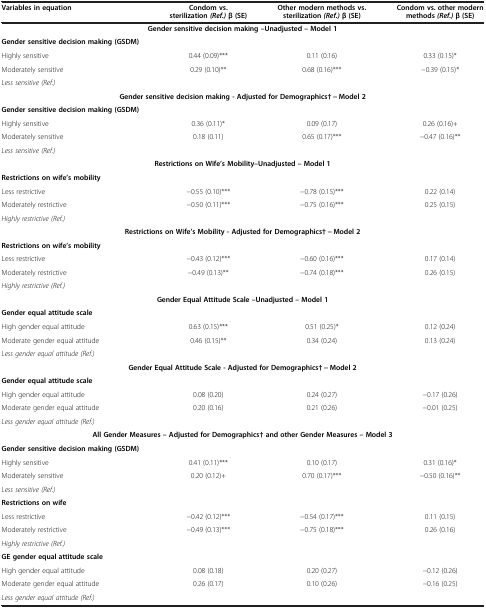
<table><thead><tr><td><b>Variables in equation</b></td><td><b>Condom vs. sterilization <i>(Ref.)</i> β (SE)</b></td><td><b>Other modern methods vs. sterilization <i>(Ref.) </i>β (SE)</b></td><td><b>Condom vs. other modern methods <i>(Ref.)</i> β (SE)</b></td></tr></thead><tbody><tr><td colspan="4"><b>Gender sensitive decision making –Unadjusted – Model 1</b></td></tr><tr><td><b>Gender sensitive decision making (GSDM)</b></td><td> </td><td> </td><td> </td></tr><tr><td>Highly sensitive</td><td>0.44 (0.09)***</td><td>0.11 (0.16)</td><td>0.33 (0.15)*</td></tr><tr><td>Moderately sensitive</td><td>0.29 (0.10)**</td><td>0.68 (0.16)***</td><td>−0.39 (0.15)*</td></tr><tr><td><i>Less sensitive (Ref.)</i></td><td> </td><td> </td><td> </td></tr><tr><td colspan="4"><b>Gender sensitive decision making - Adjusted for Demographics† − </b><b>Model 2</b></td></tr><tr><td><b>Gender sensitive decision making (GSDM)</b></td><td> </td><td> </td><td> </td></tr><tr><td>Highly sensitive</td><td>0.36 (0.11)*</td><td>0.09 (0.17)</td><td>0.26 (0.16)+</td></tr><tr><td>Moderately sensitive</td><td>0.18 (0.11)</td><td>0.65 (0.17)***</td><td>−0.47 (0.16)**</td></tr><tr><td><i>Less sensitive (Ref.)</i></td><td> </td><td> </td><td> </td></tr><tr><td colspan="4"><b>Restrictions on Wife’s Mobility–Unadjusted – Model 1</b></td></tr><tr><td><b>Restrictions on wife’s mobility</b></td><td> </td><td> </td><td> </td></tr><tr><td>Less restrictive</td><td>−0.55 (0.10)***</td><td>−0.78 (0.15)***</td><td>0.22 (0.14)</td></tr><tr><td>Moderately restrictive</td><td>−0.50 (0.11)***</td><td>−0.75 (0.16)***</td><td>0.25 (0.15)</td></tr><tr><td><i>Highly restrictive (Ref.)</i></td><td> </td><td> </td><td> </td></tr><tr><td colspan="4"><b>Restrictions on Wife’s Mobility - Adjusted for Demographics† − </b><b>Model 2</b></td></tr><tr><td><b>Restrictions on wife’s mobility</b></td><td> </td><td> </td><td> </td></tr><tr><td>Less restrictive</td><td>−0.43 (0.12)***</td><td>−0.60 (0.16)***</td><td>0.17 (0.14)</td></tr><tr><td>Moderately restrictive</td><td>−0.49 (0.13)**</td><td>−0.74 (0.18)***</td><td>0.26 (0.15)</td></tr><tr><td><i>Highly restrictive (Ref.)</i></td><td> </td><td> </td><td> </td></tr><tr><td colspan="4"><b>Gender Equal Attitude Scale –Unadjusted – Model 1</b></td></tr><tr><td><b>Gender equal attitude scale</b></td><td> </td><td> </td><td> </td></tr><tr><td>High gender equal attitude</td><td>0.63 (0.15)***</td><td>0.51 (0.25)*</td><td>0.12 (0.24)</td></tr><tr><td>Moderate gender equal attitude</td><td>0.46 (0.15)**</td><td>0.34 (0.24)</td><td>0.13 (0.24)</td></tr><tr><td><i>Less gender equal attitude (Ref.)</i></td><td> </td><td> </td><td> </td></tr><tr><td colspan="4"><b>Gender Equal Attitude Scale - Adjusted for Demographics† − </b><b>Model 2</b></td></tr><tr><td><b>Gender equal attitude scale</b></td><td> </td><td> </td><td> </td></tr><tr><td>High gender equal attitude</td><td>0.08 (0.20)</td><td>0.24 (0.27)</td><td>−0.17 (0.26)</td></tr><tr><td>Moderate gender equal attitude</td><td>0.20 (0.16)</td><td>0.21 (0.26)</td><td>−0.01 (0.25)</td></tr><tr><td><i>Less gender equal attitude (Ref.)</i></td><td> </td><td> </td><td> </td></tr><tr><td colspan="4"><b>All Gender Measures – Adjusted for Demographics† and other Gender Measures – Model 3</b></td></tr><tr><td><b>Gender sensitive decision making (GSDM)</b></td><td> </td><td> </td><td> </td></tr><tr><td>Highly sensitive</td><td>0.41 (0.11)***</td><td>0.10 (0.17)</td><td>0.31 (0.16)*</td></tr><tr><td>Moderately sensitive</td><td>0.20 (0.12)+</td><td>0.70 (0.17)***</td><td>−0.50 (0.16)**</td></tr><tr><td><i>Less sensitive (Ref.)</i></td><td> </td><td> </td><td> </td></tr><tr><td><b>Restrictions on wife</b></td><td> </td><td> </td><td> </td></tr><tr><td>Less restrictive</td><td>−0.42 (0.12)***</td><td>−0.54 (0.17)***</td><td>0.11 (0.15)</td></tr><tr><td>Moderately restrictive</td><td>−0.49 (0.13)***</td><td>−0.75 (0.18)***</td><td>0.26 (0.16)</td></tr><tr><td><i>Highly restrictive (Ref.)</i></td><td> </td><td> </td><td> </td></tr><tr><td><b>GE gender equal attitude scale</b></td><td> </td><td> </td><td> </td></tr><tr><td>High gender equal attitude</td><td>0.08 (0.18)</td><td>0.20 (0.27)</td><td>−0.12 (0.26)</td></tr><tr><td>Moderate gender equal attitude</td><td>0.26 (0.17)</td><td>0.10 (0.26)</td><td>−0.16 (0.25)</td></tr><tr><td><i>Less gender equal attitude (Ref.)</i></td><td> </td><td> </td><td> </td></tr></tbody></table>